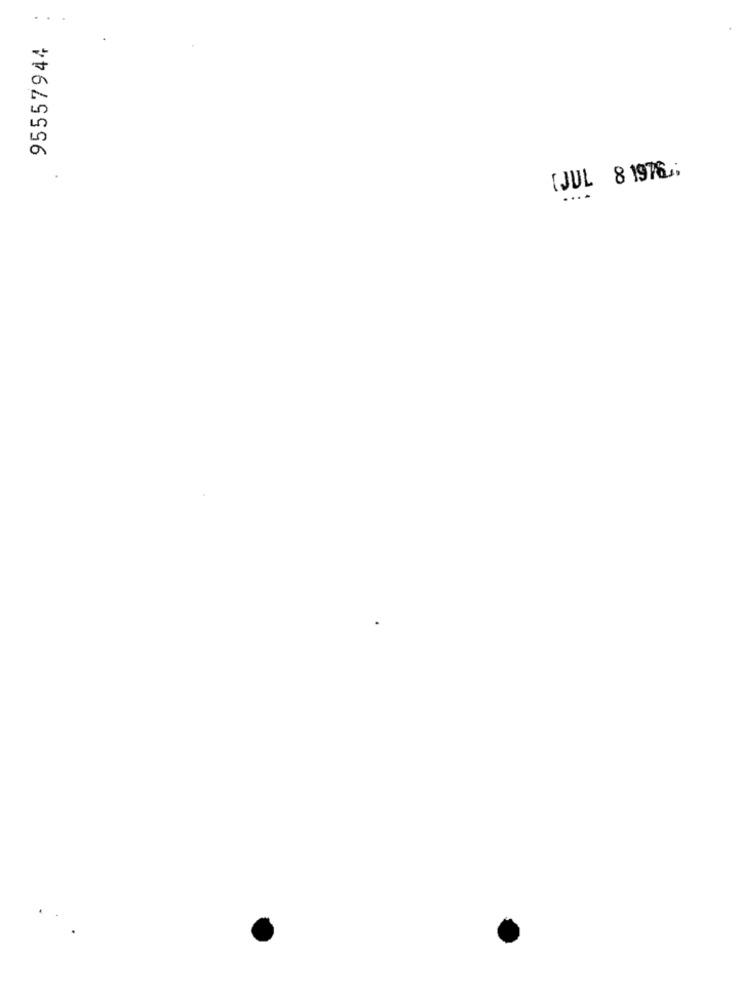
95557944
8 1976.
00
( JUL
....